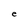
Character: e